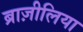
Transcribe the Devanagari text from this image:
ब्राज़ीलिया